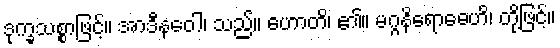
ဒုက္ခသစ္စာဖြင့်။ အာဒီနဝေါ၊ သည်။ ဟောတိ၊ ၏။ မဂ္ဂနိရောဓေဟိ၊ တို့ဖြင့်။